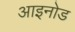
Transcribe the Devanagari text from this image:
आइनोड